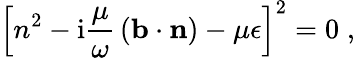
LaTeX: \left[n^{2}-\mathrm{i}{\frac{\mu}{\omega}}\left(\mathbf{b}\cdot\mathbf{n}\right)-\mu\epsilon\right]^{2}=0\; ,